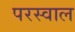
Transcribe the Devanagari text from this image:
परस्वाल